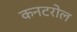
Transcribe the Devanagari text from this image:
कनटरोल